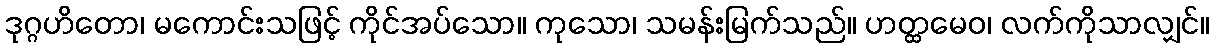
ဒုဂ္ဂဟိတော၊ မကောင်းသဖြင့် ကိုင်အပ်သော။ ကုသော၊ သမန်းမြက်သည်။ ဟတ္ထမေဝ၊ လက်ကိုသာလျှင်။